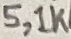
Text: 5,1K